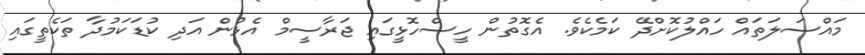
މައްސަލަތައް ހައްލުކޮށްދޭ ކަމެކެވެ. އެގޮތުން ހީސްހޮޅީގައި ޖަރާސީމް އެޅުން އަދި ކުޑަކަމުދާ ތަކެތީގައި